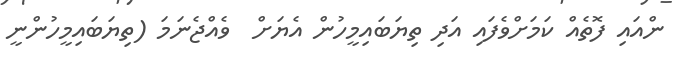
ންއައި ފޮތެއް ކަމަށްވެފައި އަދި ތިޔަބައިމީހުން އެޔަށް  ވެއްޖެނަމަ (ތިޔަބައިމީހުންނީ